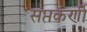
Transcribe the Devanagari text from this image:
सप्तकर्णी